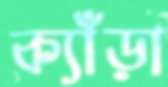
ক্যাঁড়া